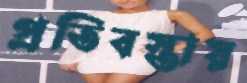
প্রতিবস্তায়